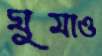
ঘুমাও